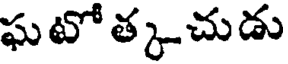
ఘటో త్కచుడు